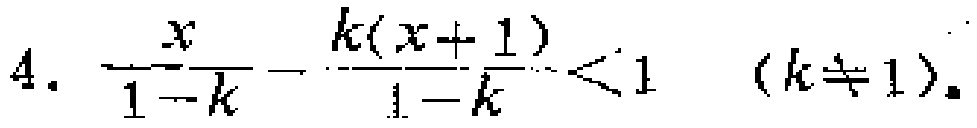
\(\frac{x}{1 - k}-\frac{k(x + 1)}{1 - k}<1\quad(k\neq1)\)